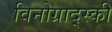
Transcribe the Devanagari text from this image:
विनोग्राद्स्की